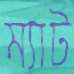
ম্যাট